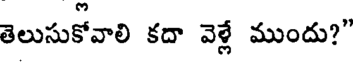
తెలుసుకోవాలి కదా వెళ్లే ముందు?"